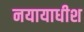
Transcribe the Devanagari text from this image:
नयायाधीश